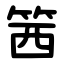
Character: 䇴